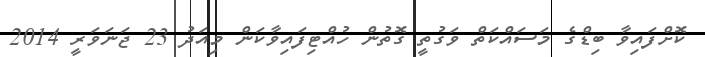
ކޮށްފައިވާ ބިޑްގެ މަސައްކަތް ވަގުތީ ގޮތުން ހުއްޓިފައިވާކަން މިއަދު 23 ޖަނަވަރީ 2014